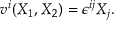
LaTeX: v ^ { i } ( X _ { 1 } , X _ { 2 } ) = \epsilon ^ { i j } X _ { j } .